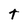
Character: t